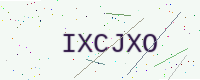
Text: IXCJXO